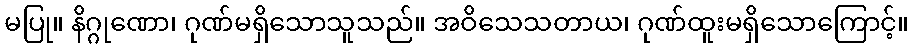
မပြု။ နိဂ္ဂုဏော၊ ဂုဏ်မရှိသောသူသည်။ အဝိသေသတာယ၊ ဂုဏ်ထူးမရှိသောကြောင့်။